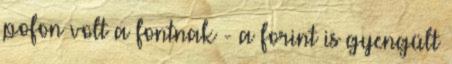
pofon volt a fontnak - a forint is gyengült